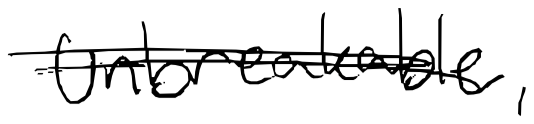
Text: Unbreakable,
Cross-out: double-line
Writing tool: digital_black